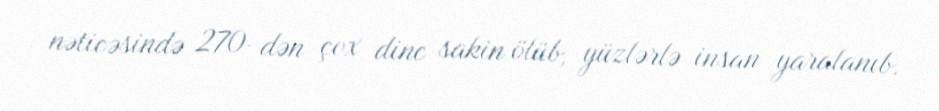
nəticəsində 270-dən çox dinc sakin ölüb, yüzlərlə insan yaralanıb.